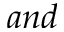
a n d